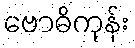
ဗောဓိကုန်း